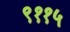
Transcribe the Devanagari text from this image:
९११५